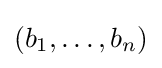
(b_{1},\dots ,b_{n})